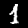
Label: 1